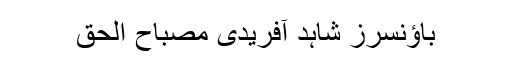
باؤنسرز شاہد آفریدی مصباح الحق